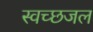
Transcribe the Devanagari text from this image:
स्वच्छजल